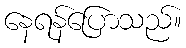
နေရန်ပြောသည်။